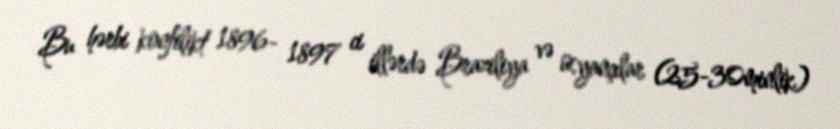
Bu hərbi konfilikt 1896- 1897 ci illərdə Braziliya və üsyançılar (25-30minlik)